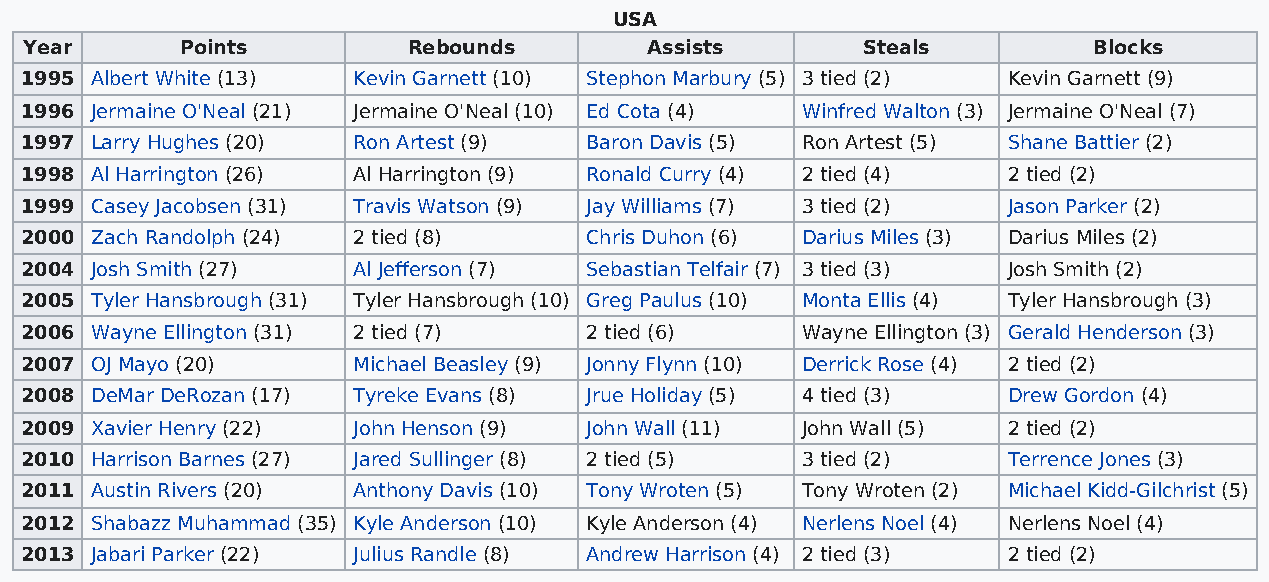
USA
 Year      Points         Rebounds        Assists       Steals         Blocks
 1995 Albert White (13) Kevin Garnett (10) Stephon Marbury (5) 3 tied (2) Kevin Garnett (9)
 1996 Jermaine O'Neal (21) Jermaine O'Neal (10) Ed Cota (4) Winfred Walton (3) Jermaine O'Neal (7)
 1997 Larry Hughes (20) Ron Artest (9) Baron Davis (5) Ron Artest (5) Shane Battier (2)
 1998 Al Harrington (26) Al Harrington (9) Ronald Curry (4) 2 tied (4) 2 tied (2)
 1999 Casey Jacobsen (31) Travis Watson (9) Jay Williams (7) 3 tied (2) Jason Parker (2)
 2000 Zach Randolph (24) 2 tied (8)    Chris Duhon (6) Darius Miles (3) Darius Miles (2)
 2004 Josh Smith (27)  Al Jefferson (7) Sebastian Telfair (7) 3 tied (3) Josh Smith (2)
 2005 Tyler Hansbrough (31) Tyler Hansbrough (10) Greg Paulus (10) Monta Ellis (4) Tyler Hansbrough (3)
 2006 Wayne Ellington (31) 2 tied (7)  2 tied (6)    Wayne Ellington (3) Gerald Henderson (3)
 2007 OJ Mayo (20)     Michael Beasley (9) Jonny Flynn (10) Derrick Rose (4) 2 tied (2)
 2008 DeMar DeRozan (17) Tyreke Evans (8) Jrue Holiday (5) 4 tied (3) Drew Gordon (4)
 2009 Xavier Henry (22) John Henson (9) John Wall (11) John Wall (5) 2 tied (2)
 2010 Harrison Barnes (27) Jared Sullinger (8) 2 tied (5) 3 tied (2) Terrence Jones (3)
 2011 Austin Rivers (20) Anthony Davis (10) Tony Wroten (5) Tony Wroten (2) Michael Kidd-Gilchrist (5)
 2012 Shabazz Muhammad (35) Kyle Anderson (10) Kyle Anderson (4) Nerlens Noel (4) Nerlens Noel (4)
 2013 Jabari Parker (22) Julius Randle (8) Andrew Harrison (4) 2 tied (3) 2 tied (2)